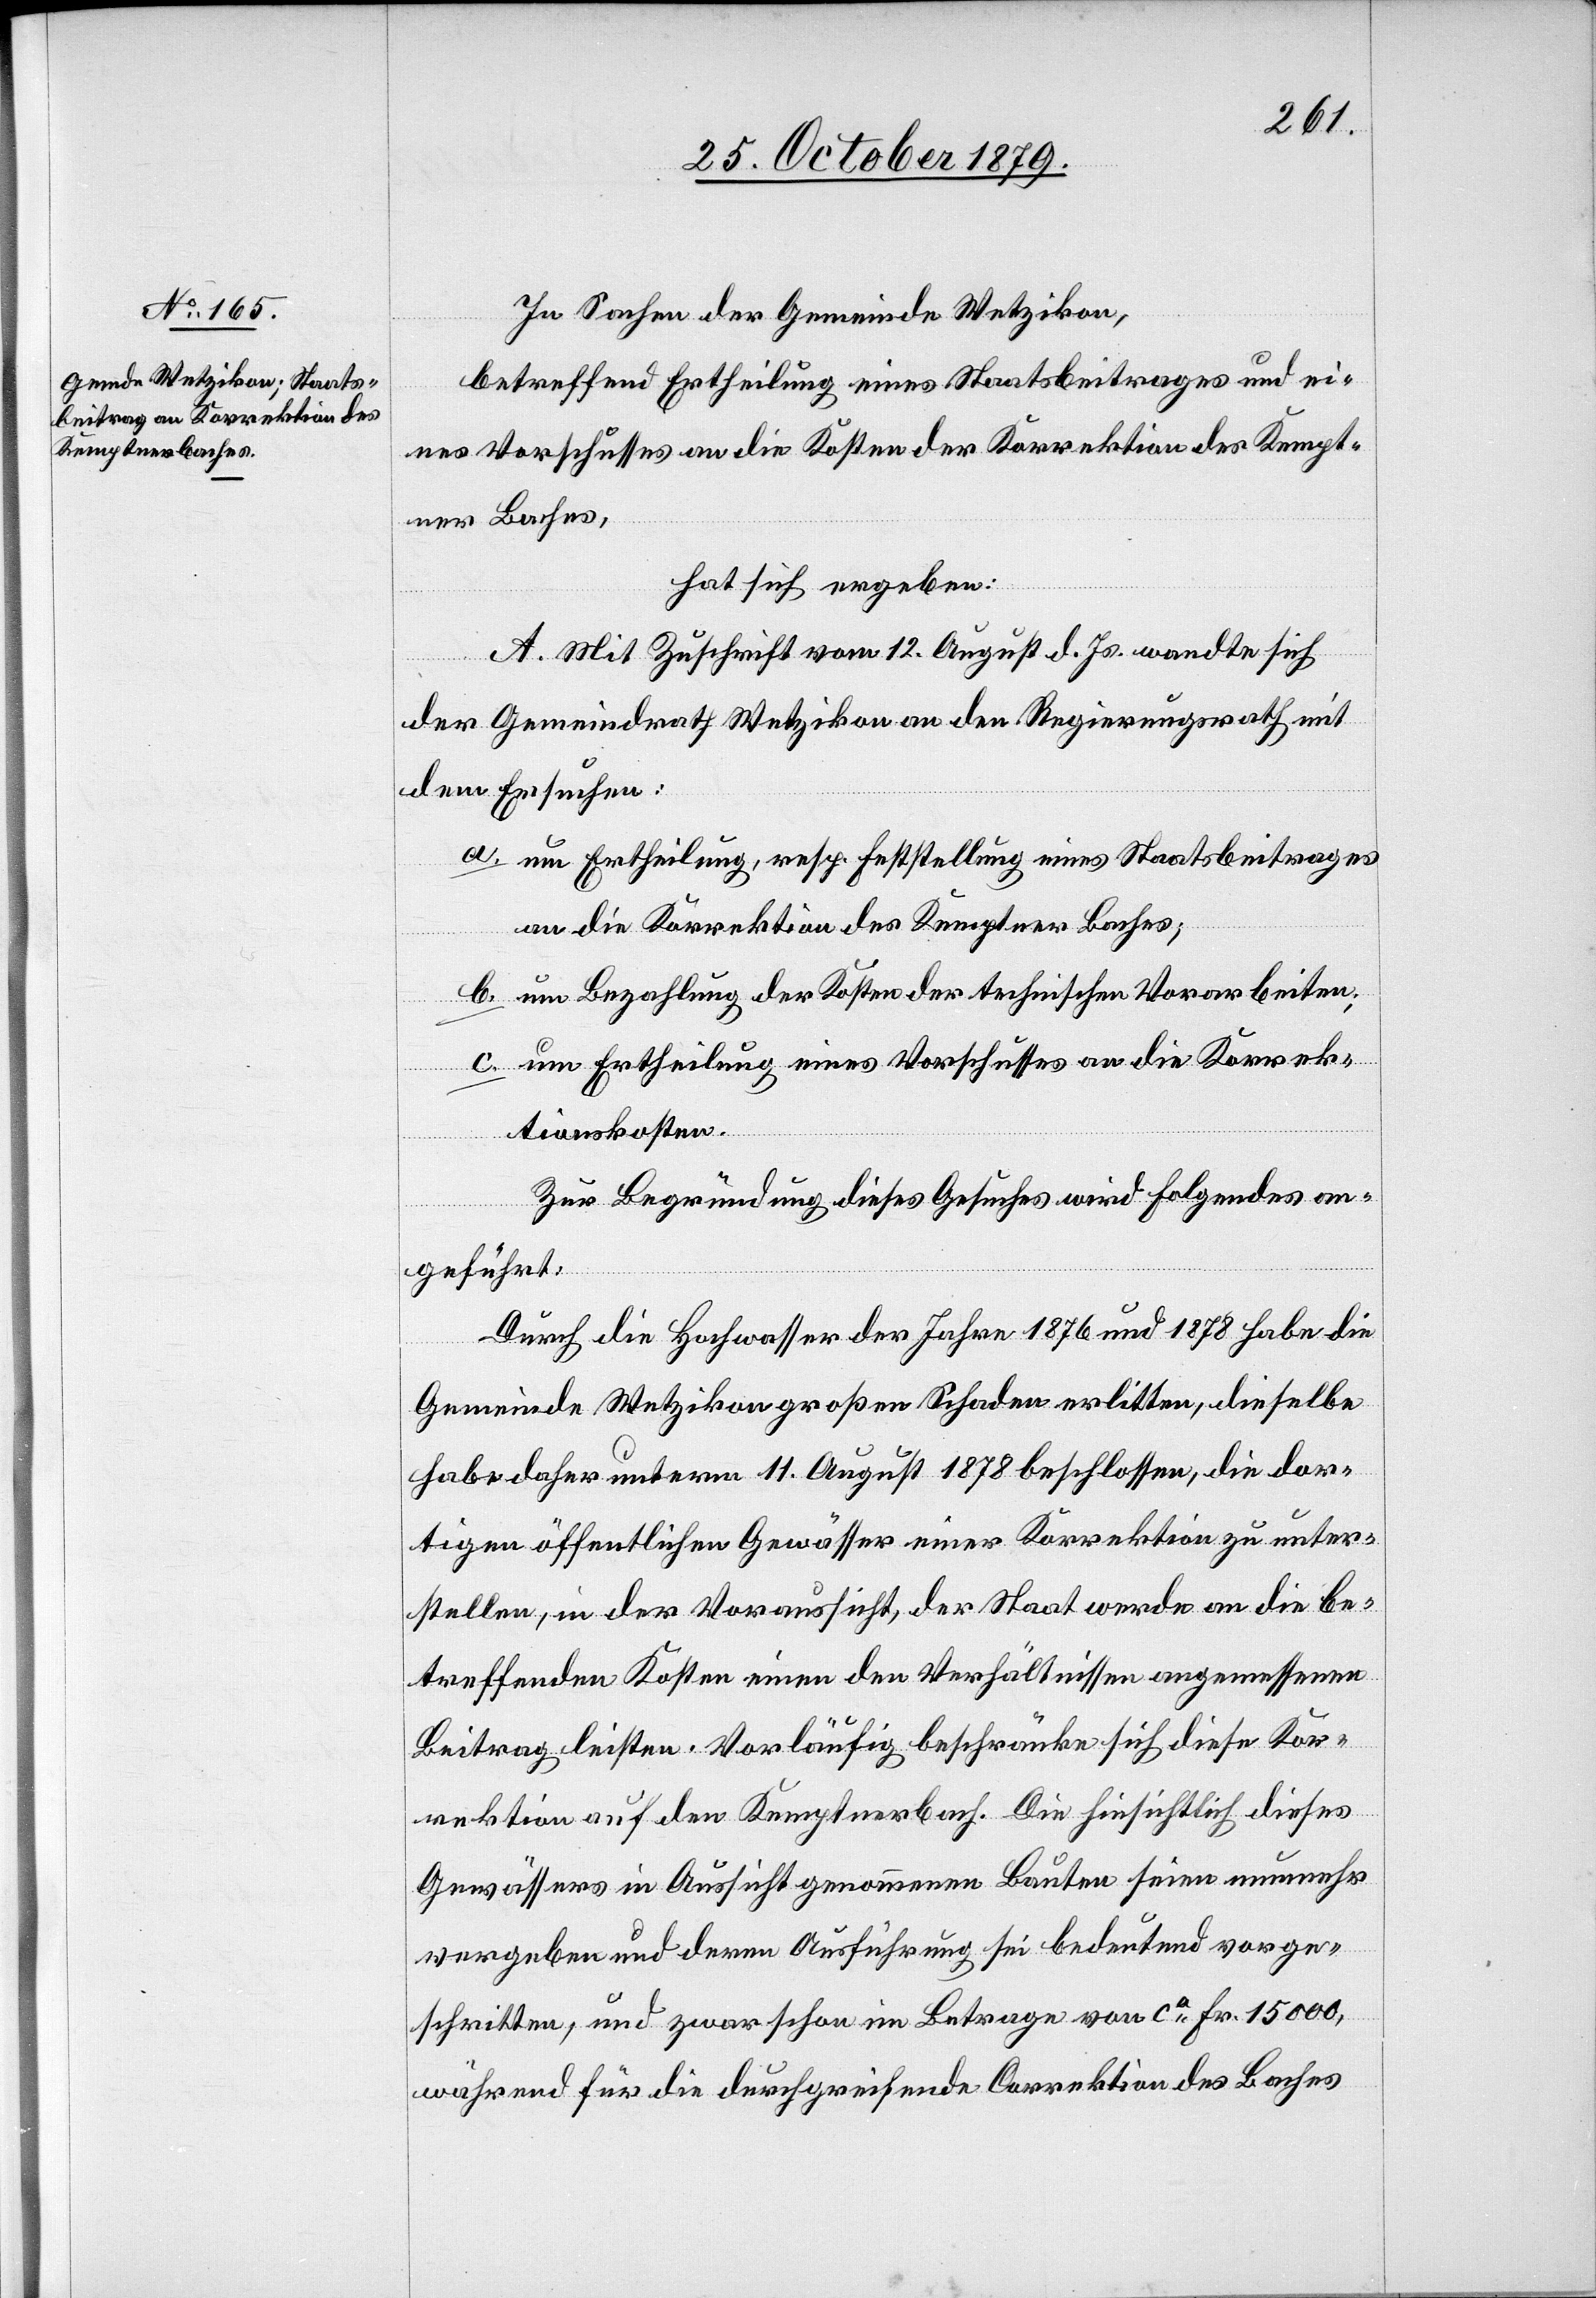
In Sachen der Gemeinde Wetzikon,
betreffend Ertheilung eines Staatsbeitrages und ei¬
nes Vorschusses an die Kosten der Korrektion des Kempt¬
ner Baches,
A. Mit Zuschrift vom 12. August d. Js. wandte sich
der Gemeindrath Wetzikon an den Regierungsrath mit
dem Ersuchen:
a. um Ertheilung, resp. Erstellung eines Staatsbeitrages
an die Korrektion des Kemptner Baches;
b. um Bezahlung der Kosten der technischen Vorarbeiten;
c. um Ertheilung eines Vorschusses an die Korrek¬
tionskosten.
Zur Begründung dieses Gesuches wird folgendes an¬
geführt:
Durch die Hochwasser der Jahre 1876 und 1878 habe die
Gemeinde Wetzikon großen Schaden erlitten, dieselbe
habe daher unterm 11. August 1878 beschlossen, die dor¬
tigen öffentlichen Gewässer einer Korrektion zu unter¬
stellen, in der Voraussicht, der Staat werde an die be¬
treffenden Kosten einen den Verhältnissen angemessenen
Beitrag leisten. Vorläufig beschränke sich diese Kor¬
rektion auf den Kemptnerbach. Die hinsichtlich dieses
Gewässers in Aussicht genommenen Bauten seien nunmehr
vergeben und deren Ausführung sei bedeutend vorge¬
schritten, und zwar schon im Betrage von ca Fr. 15000,
während für die durchgreifende Correktion des Baches